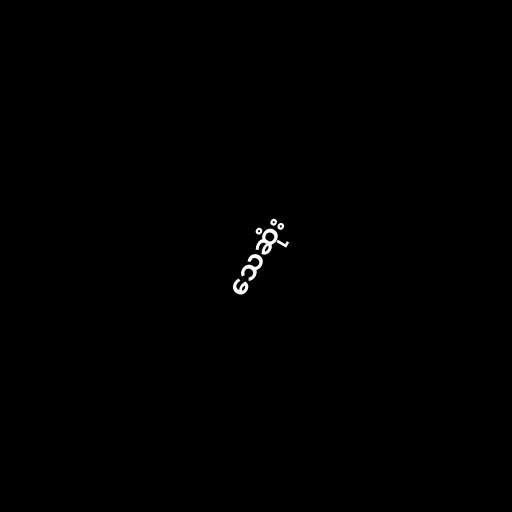
သေဆုံး